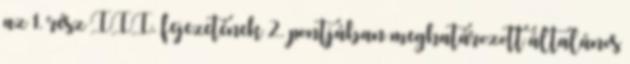
az 1. rész III. fejezetének 2. pontjában meghatározott általános